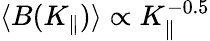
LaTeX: \langle B(K_{\parallel})\rangle\propto K_{\parallel}^{-0.5}